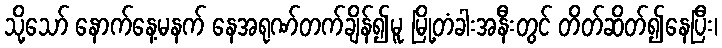
သို့သော် နောက်နေ့မနက် နေအရုဏ်တက်ချိန်၍မူ မြို့တံခါးအနီးတွင် တိတ်ဆိတ်၍နေပြီး၊